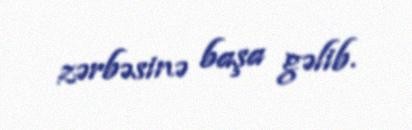
zərbəsinə başa gəlib.